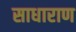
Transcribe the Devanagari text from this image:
साधाराण